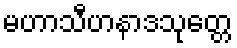
မဟာသီဟနာဒသုတ္တေ